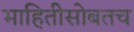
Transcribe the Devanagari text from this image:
माहितीसोबतच